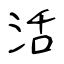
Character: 活